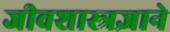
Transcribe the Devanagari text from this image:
जीवशास्त्रज्ञाने